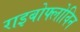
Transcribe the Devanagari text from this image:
राइबोफ्लोविन